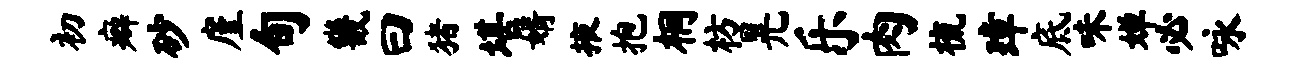
初癖砂廑旬畿曰猪堪婿掖抱桐枋晃乐肉梳璋底味婵必咏